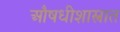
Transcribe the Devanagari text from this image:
औषधीशास्त्रात